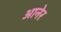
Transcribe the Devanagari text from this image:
आनेर